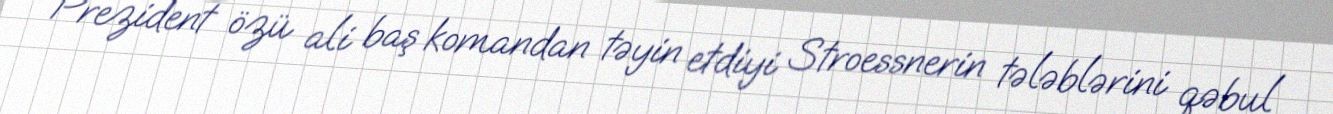
Prezident özü ali baş komandan təyin etdiyi Stroessnerin tələblərini qəbul